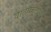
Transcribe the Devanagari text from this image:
वाटाघाटीस